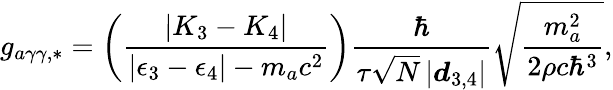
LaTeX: g_{a\gamma\gamma,*}=\left(\frac{\left|K_{3}-K_{4}\right|}{\left|\epsilon_{3}-\epsilon_{4}\right|-m_{a}c^{2}}\right)\frac{\hbar}{\tau\sqrt{N}\left|\boldsymbol d_{3,4}\right|}\sqrt{\frac{m_{a}^{2}}{2\rho c\hbar^{3}}},